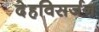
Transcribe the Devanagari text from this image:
देहविसर्जन